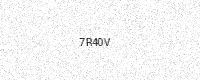
Text: 7R40V